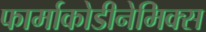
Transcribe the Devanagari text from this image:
फार्माकोडीनेमिक्स